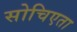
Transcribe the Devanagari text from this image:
सोचिएता